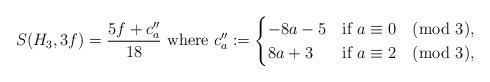
LaTeX: \begin{align*}S(H_3,3f) =\frac{5f+c_a''}{18}\hbox{ where }c_a'':=\begin{cases}-8a-5&\hbox{if $a\equiv 0\pmod 3$},\\8a+3&\hbox{if $a\equiv 2\pmod 3$},\end{cases}\end{align*}